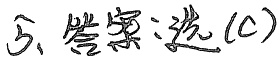
5、答案：选\(\textcircled{C}\)